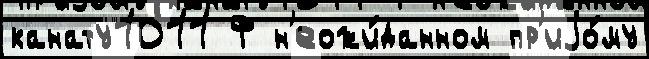
канату1011 Ф н'еожи́данном пр'иjо́му